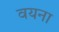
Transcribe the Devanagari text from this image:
वयना